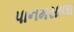
પાનમસાલા